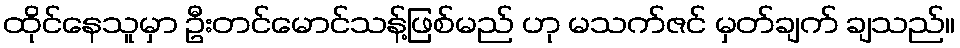
ထိုင်နေသူမှာ ဦးတင်မောင်သန့်ဖြစ်မည် ဟု မသက်ဇင် မှတ်ချက် ချသည်။